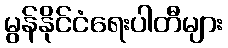
မွန်နိုင်ငံရေးပါတီများ